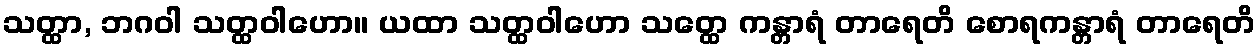
သတ္ထာ, ဘဂဝါ သတ္ထဝါဟော။ ယထာ သတ္ထဝါဟော သတ္ထေ ကန္တာရံ တာရေတိ စောရကန္တာရံ တာရေတိ